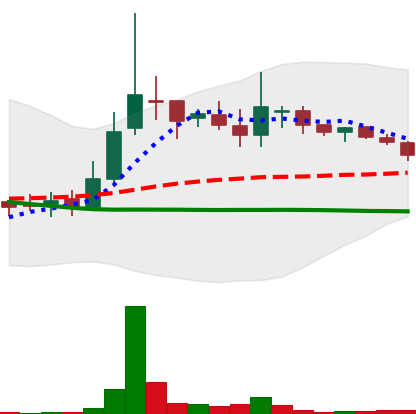
Ticker: LINK-USD
Chart end date: 2018-10-03
Forward return: 10.713%
Label: up_7plus